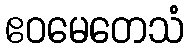
ဧဝမေတေသံ